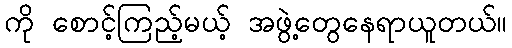
ကို စောင့်ကြည့်မယ့် အဖွဲ့တွေနေရာယူတယ်။